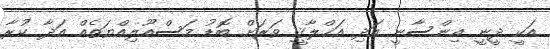
އަކީ ދީނީ އިންސާނީ އަދި އަޚްލާޤީ ވަރަށް ބޮޑު މަސްއޫލިއްޔަތެއް އަދާ ކުރާ